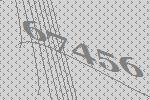
67456